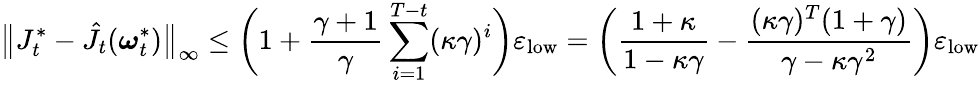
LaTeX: \bigl\| J_{t}^{*}-\hat{J}_{t}(\boldsymbol{\omega}_{t}^{*})\bigr\| _{\infty}\leq\biggl(1+\frac{\gamma+1}{\gamma}\sum_{i=1}^{T-t}(\kappa\gamma)^{i}\biggr)\varepsilon_{\textnormal{low}}=\biggl(\frac{1+\kappa}{1-\kappa\gamma}-\frac{(\kappa\gamma)^{T}(1+\gamma)}{\gamma-\kappa\gamma^{2}}\biggr)\varepsilon_{\textnormal{low}}